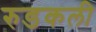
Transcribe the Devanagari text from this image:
रुडकली